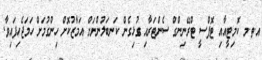
އ.ތ.މ ކޮމިޓީއާއި ޓޮޕްސީ ޓްރޭނިންގް ސެންޓަރާއި ގުޅިގެން ކަނބަލުންނަށް އަމާޒުކޮށް ހިންގުމަށް ހަމަޖެހިފައިވާ